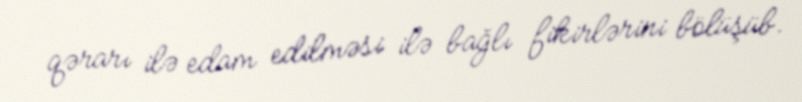
qərarı ilə edam edilməsi ilə bağlı fikirlərini bölüşüb.